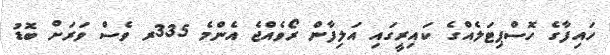
ހައިފާގެ ހޮސްޕިޓަލެއްގެ ކައިރީގައި އަލިފާން ރޯވެއްޖެ އެންމެ 335ރ ވެސް ވަރަށް ބޮޑު